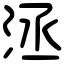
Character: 洆